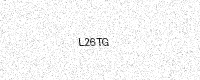
Text: L26TG